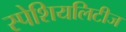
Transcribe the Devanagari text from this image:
स्पेशियलिटीज